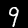
Digit: 9